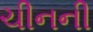
ચીનની